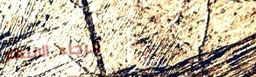
الرجاء الانتظار